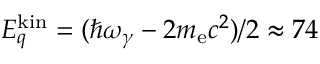
E _ { q } ^ { \mathrm { k i n } } = ( \hbar \omega _ { \gamma } - 2 m _ { \mathrm { e } } c ^ { 2 } ) / 2 \approx 7 4